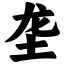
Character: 垄